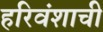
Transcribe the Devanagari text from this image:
हरिवंशाची